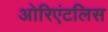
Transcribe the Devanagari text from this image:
ओरिएंटलिस